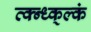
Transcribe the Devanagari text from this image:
व्क्न्ध्क्ल्कं